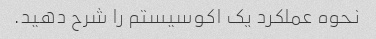
نحوه عملکرد یک اکوسیستم را شرح دهید.